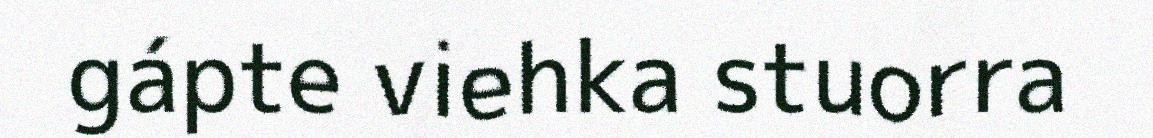
gápte viehka stuorra